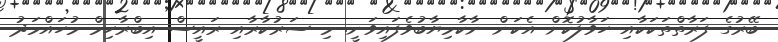
ބޭރުގެ ފަރާތްތަކަކާއި ހަވާލުކޮށް އެކަން ނާކާމިޔާބުވެފައިވަނީ. މި ސަރުކާރާއި ރައީސް އިބްރާހިމް މުހައްމަދު